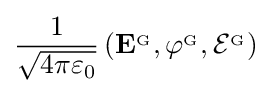
{\frac {1}{\sqrt {4\pi \varepsilon _{0}}}}\left(\mathbf {E} ^{_{\mathrm {G} }},\varphi ^{_{\mathrm {G} }},{\mathcal {E}}^{_{\mathrm {G} }}\right)